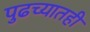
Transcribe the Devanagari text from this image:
पुढच्यातही